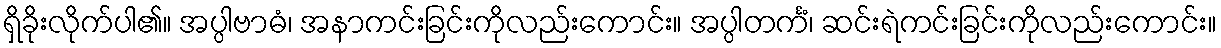
ရှိခိုးလိုက်ပါ၏။ အပ္ပါဗာဓံ၊ အနာကင်းခြင်းကိုလည်းကောင်း။ အပ္ပါတင်္ကံ၊ ဆင်းရဲကင်းခြင်းကိုလည်းကောင်း။